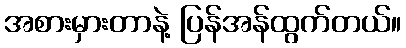
အစားမှားတာနဲ့ ပြန်အန်ထွက်တယ်။